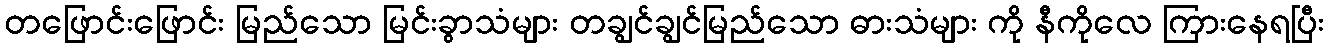
တဖြောင်းဖြောင်း မြည်သော မြင်းခွာသံများ တချွင်ချွင်မြည်သော ဓားသံများ ကို နီကိုလေ ကြားနေရပြီး